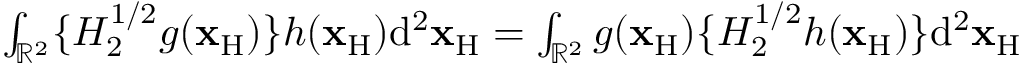
\begin{array} { r l r } & { } & { \int _ { { \mathbb { R } } ^ { 2 } } \{ { \cal H } _ { 2 } ^ { 1 / 2 } g ( { \bf x } _ { \mathrm { H } } ) \} h ( { \bf x } _ { \mathrm { H } } ) \mathrm { d } ^ { 2 } { \bf x } _ { \mathrm { H } } = \int _ { { \mathbb { R } } ^ { 2 } } g ( { \bf x } _ { \mathrm { H } } ) \{ { \cal H } _ { 2 } ^ { 1 / 2 } h ( { \bf x } _ { \mathrm { H } } ) \} \mathrm { d } ^ { 2 } { \bf x } _ { \mathrm { H } } } \end{array}